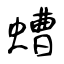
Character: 螬